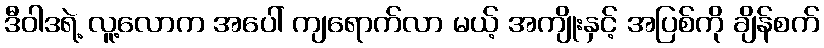
ဒီဝါဒရဲ့ လူ့လောက အပေါ် ကျရောက်လာ မယ့် အကျိုးနှင့် အပြစ်ကို ချိန်စက်